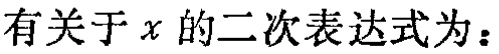
有关于 \(x\) 的二次表达式为：